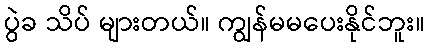
ပွဲခ သိပ် များတယ်။ ကျွန်မမပေးနိုင်ဘူး။